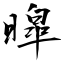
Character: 暭